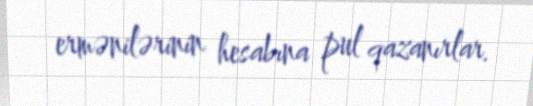
ermənilərinin hesabına pul qazanırlar.